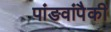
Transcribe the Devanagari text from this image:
पांङवांपैकी